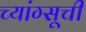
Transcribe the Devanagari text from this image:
च्यांग्सूची